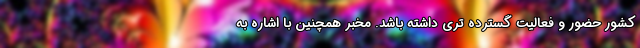
کشور حضور و فعالیت گسترده تری داشته باشد. مخبر همچنین با اشاره به